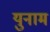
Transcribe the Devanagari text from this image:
युनाम